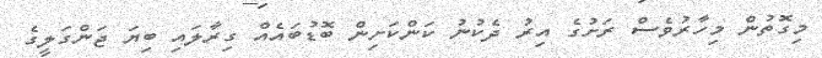
މިގޮތުން މިހާރުވެސް ރަށުގެ އިރު ދެކުނު ކަންކަށިން ބޮޑުބައެއް ގިރާލައި ބިޔަ ޖަންގަލީގެ